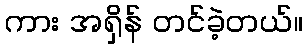
ကား အရှိန် တင်ခဲ့တယ်။